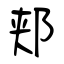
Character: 郏